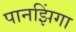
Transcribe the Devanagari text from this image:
पानझिंगा